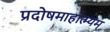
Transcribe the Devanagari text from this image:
प्रदोषमाहात्म्यम्